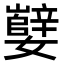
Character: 𫲕